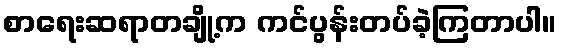
စာရေးဆရာတချို့က ကင်ပွန်းတပ်ခဲ့ကြတာပါ။